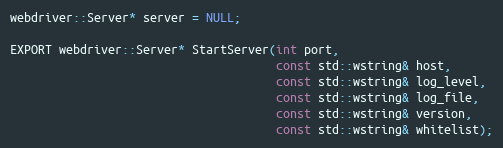
Language: C
webdriver::Server* server = NULL;

EXPORT webdriver::Server* StartServer(int port,
                                      const std::wstring& host,
                                      const std::wstring& log_level,
                                      const std::wstring& log_file,
                                      const std::wstring& version,
                                      const std::wstring& whitelist);